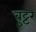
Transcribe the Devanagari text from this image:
बुट्टर